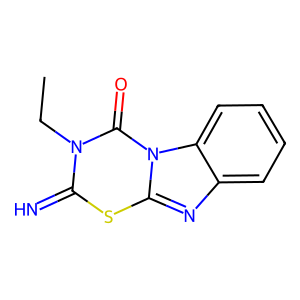
SMILES: CCn1c(=N)sc2nc3ccccc3n2c1=O
Inhibits HIV replication: No